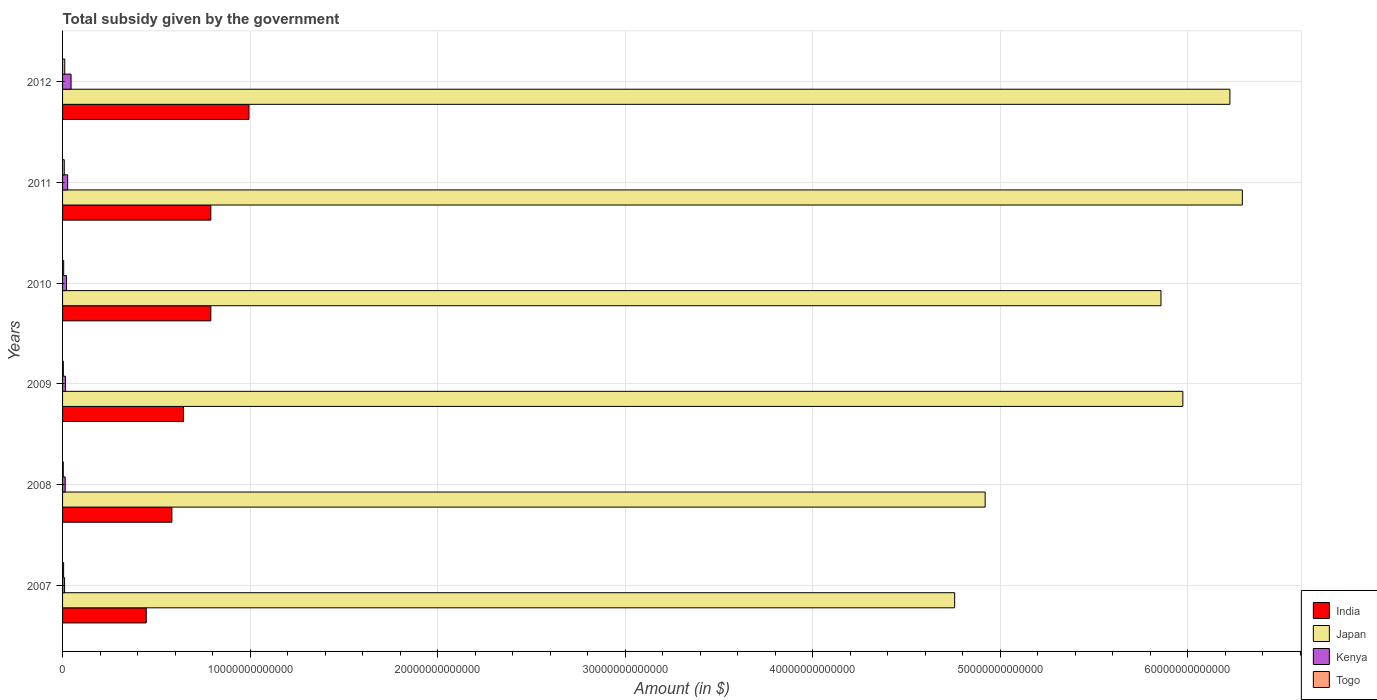
| Years | India | Japan | Kenya | Togo |
 | --- | --- | --- | --- | --- |
 | 2007 | 4.46e+12 | 4.76e+13 | 1.08e+11 | 5.57e+10 |
 | 2008 | 5.83e+12 | 4.92e+13 | 1.41e+11 | 3.81e+10 |
 | 2009 | 6.45e+12 | 5.97e+13 | 1.55e+11 | 4.11e+10 |
 | 2010 | 7.90e+12 | 5.86e+13 | 2.12e+11 | 5.96e+10 |
 | 2011 | 7.90e+12 | 6.29e+13 | 2.72e+11 | 9.1e+10 |
 | 2012 | 9.94e+12 | 6.22e+13 | 4.53e+11 | 1.18e+11 |